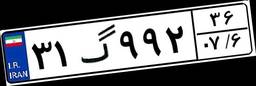
۳۱گ۹۹۲۳۶